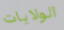
الولايات